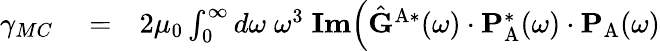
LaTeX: \begin{array}{rlr}{\gamma_{MC}}&{{}=}&{2\mu_{0}\int_{0}^{\infty}d\omega\; \omega^{3}\; \textbf{Im}\Big(\hat{\mathbf{G}}^{\mathrm{A}*}(\omega)\cdot\mathbf{P}_{\mathrm{A}}^{*}(\omega)\cdot\mathbf{P}_{\mathrm{A}}(\omega)}\end{array}